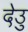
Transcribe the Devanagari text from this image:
देउु